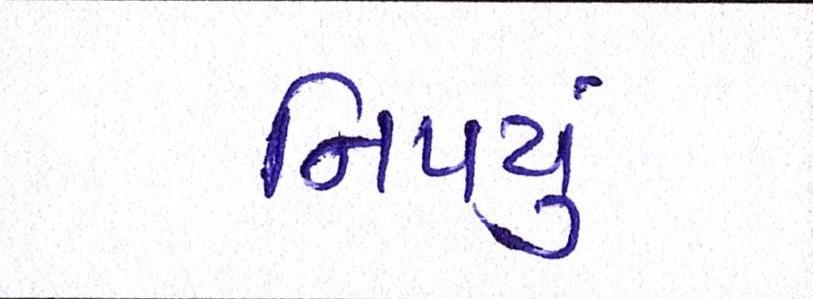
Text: નિપયું